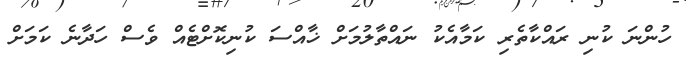
ހުންނަ ކުނި ރައްކާތެރި ކަމާއެކު ނައްތާލުމަށް ޚާއްސަ ކުނިކޮށްޓެއް ވެސް ހަދާނެ ކަމަށް